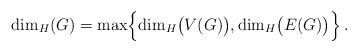
LaTeX: \begin{align*}\dim_H(G)=\max\Bigl\{\dim_H \bigl(V(G)\bigr),\dim_H \bigl(E(G)\bigr) \Bigr\} \,.\end{align*}